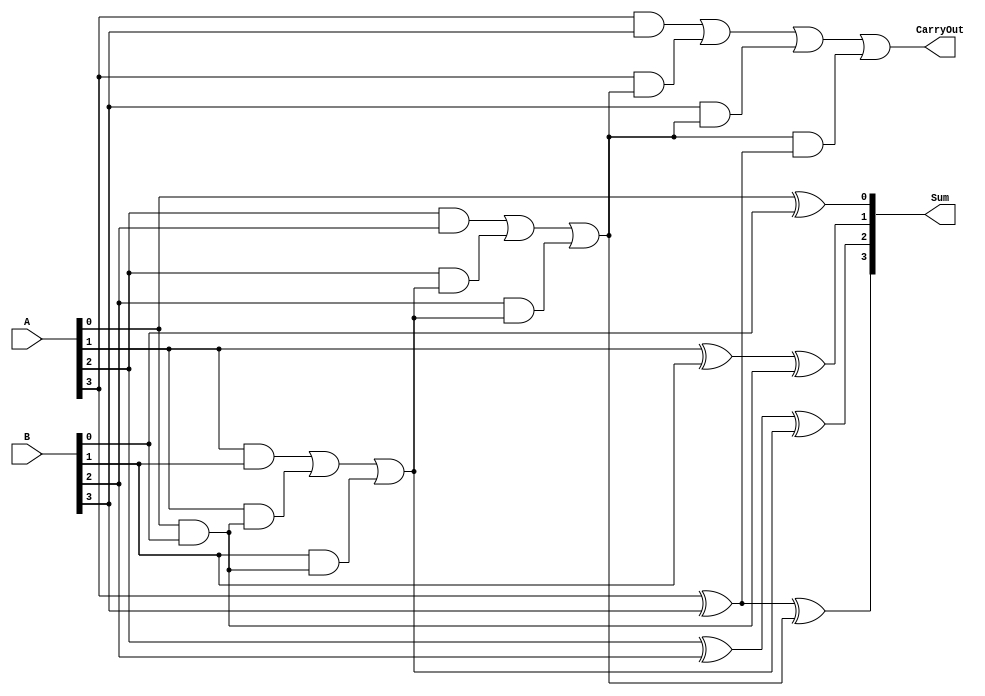
module carry_skip_lookahead_adder (
    input wire [3:0] A,
    input wire [3:0] B,
    output reg [3:0] Sum,
    output reg CarryOut
);

reg [3:0] C;
reg [3:0] P, G, C_tmp;

always @* begin
    P[0] = A[0] ^ B[0];
    G[0] = A[0] & B[0];
    C_tmp[0] = G[0];

    P[1] = A[1] ^ B[1] ^ G[0];
    G[1] = A[1] & B[1] | A[1] & G[0] | B[1] & G[0];
    C_tmp[1] = G[1] | G[0] & (A[1] ^ B[1]);

    P[2] = A[2] ^ B[2] ^ G[1];
    G[2] = A[2] & B[2] | A[2] & G[1] | B[2] & G[1];
    C_tmp[2] = G[2] | G[1] & (A[2] ^ B[2]);

    P[3] = A[3] ^ B[3] ^ G[2];
    G[3] = A[3] & B[3] | A[3] & G[2] | B[3] & G[2];
    C_tmp[3] = G[3] | G[2] & (A[3] ^ B[3]);

    Sum = P;
end

always @* begin
    CarryOut = C_tmp[3];
end

endmodule